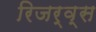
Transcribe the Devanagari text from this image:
रिजर्व्स